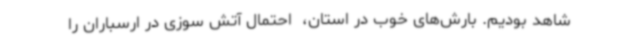
شاهد بودیم. بارش‌های خوب در استان،  احتمال آتش سوزی در ارسباران را